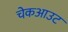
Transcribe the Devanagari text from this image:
चेकआउट